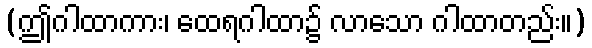
(ဤဂါထာကား၊ ထေရဂါထာ၌ လာသော ဂါထာတည်း။)